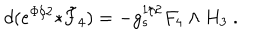
d ( e ^ { \Phi / 2 } { * } \tilde { F } _ { 4 } ) = - g _ { s } ^ { 1 / 2 } F _ { 4 } \wedge H _ { 3 } \ .